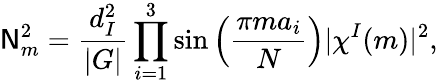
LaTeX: {\sf N}_{m}^{2}=\frac{d_{I}^{2}}{|G|}\prod_{i=1}^{3}\sin\left(\frac{\pi ma_{i}}{N}\right)|\chi^{I}(m)|^{2},